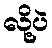
လို့ပဲ